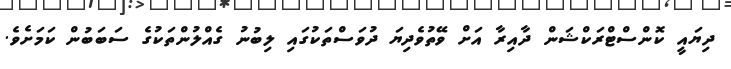
ދިޔައީ ކޮންސްޓްރަކްޝަން ދާއިރާ އަށް ވޭތުވެދިޔަ ދުވަސްތަކުގައި ލިބުނު ގެއްލުންތަކުގެ ސަބަބުން ކަމަށެވެ.